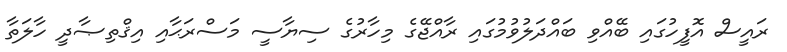
ރައީސް އޮފީހުގައި ބޭއްވި ބައްދަލުވުމުގައި ރާއްޖޭގެ މިހާރުގެ ސިޔާސީ މަސްރަޙާއި އިޤްތިޞާދީ ހާލަތާ